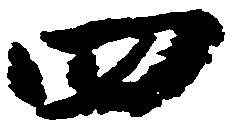
四